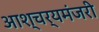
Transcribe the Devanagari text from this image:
आश्चर्यमंजरी